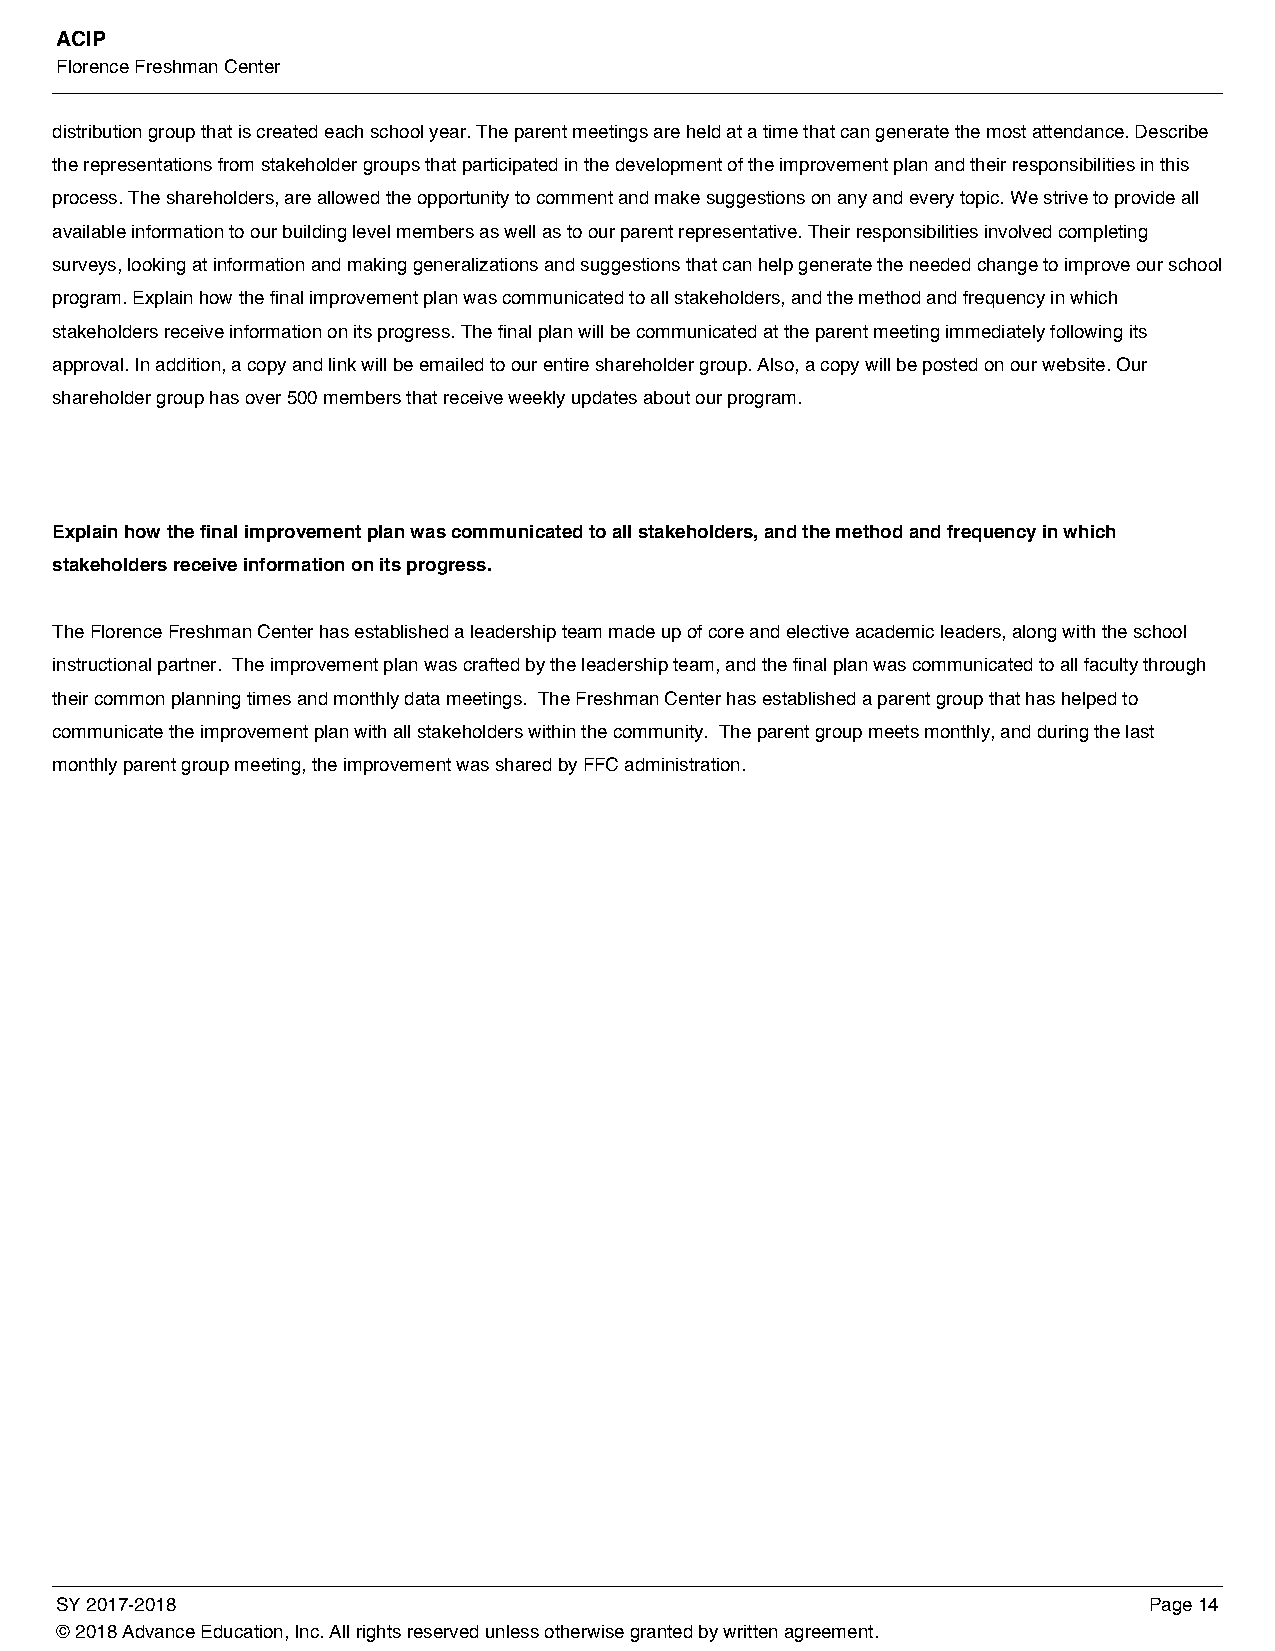
ACIP
 Florence Freshman Center
 distribution group that is created each school year. The parent meetings are held at a time that can generate the most attendance. Describe
 the representations from stakeholder groups that participated in the development of the improvement plan and their responsibilities in this
 process. The shareholders, are allowed the opportunity to comment and make suggestions on any and every topic. We strive to provide all
 available information to our building level members as well as to our parent representative. Their responsibilities involved completing
 surveys, looking at information and making generalizations and suggestions that can help generate the needed change to improve our school
 program. Explain how the final improvement plan was communicated to all stakeholders, and the method and frequency in which
 stakeholders receive information on its progress. The final plan will be communicated at the parent meeting immediately following its
 approval. In addition, a copy and link will be emailed to our entire shareholder group. Also, a copy will be posted on our website. Our
 shareholder group has over 500 members that receive weekly updates about our program.
 Explain how the final improvement plan was communicated to all stakeholders, and the method and frequency in which
 stakeholders receive information on its progress.
 The Florence Freshman Center has established a leadership team made up of core and elective academic leaders, along with the school
 instructional partner. The improvement plan was crafted by the leadership team, and the final plan was communicated to all faculty through
 their common planning times and monthly data meetings. The Freshman Center has established a parent group that has helped to
 communicate the improvement plan with all stakeholders within the community. The parent group meets monthly, and during the last
 monthly parent group meeting, the improvement was shared by FFC administration.
 SY 2017-2018                                                            Page 14
 © 2018 Advance Education, Inc. All rights reserved unless otherwise granted by written agreement.